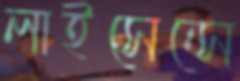
লাইসেন্সে